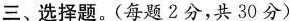
三、选择题。(每题2分，共30分)